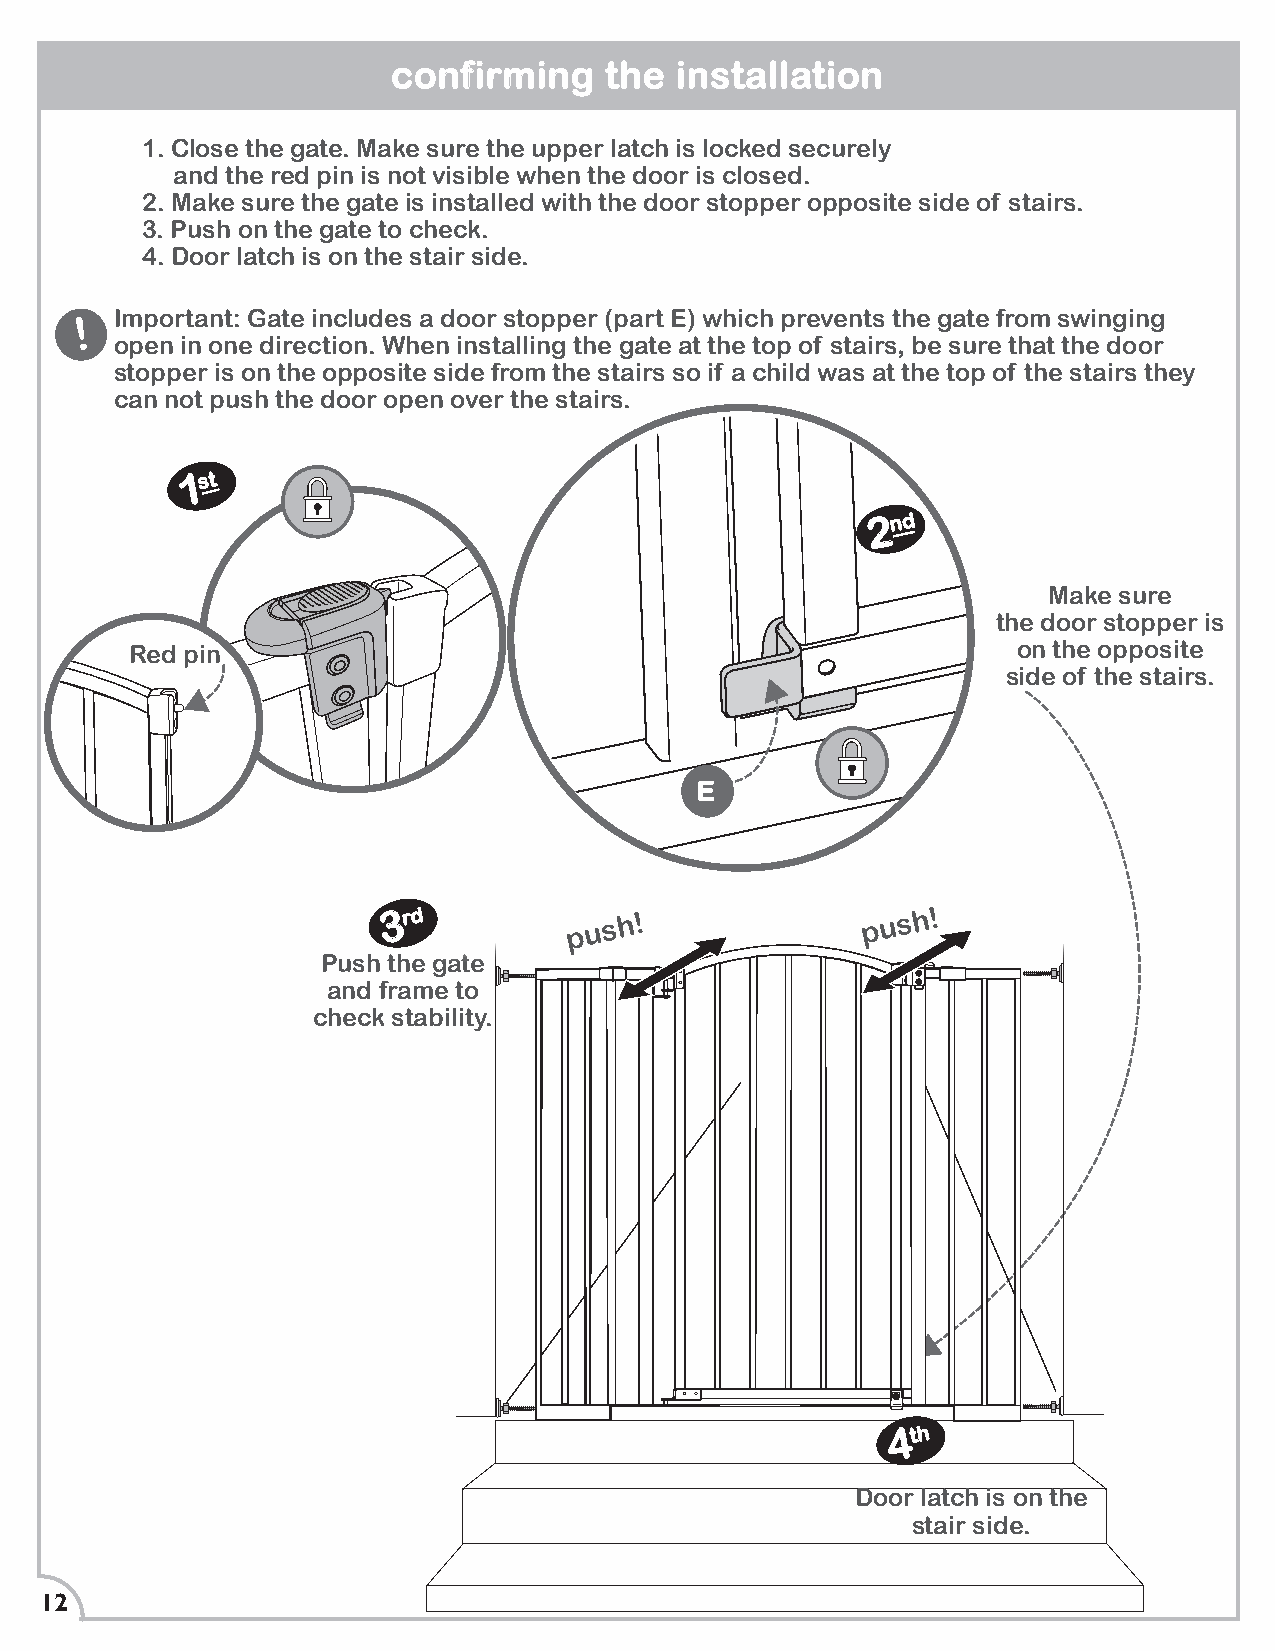
confirming    the  installation
 1. Close the gate. Make sure the upper latch is locked securely
 and the red pin is not visible when the door is closed.
 2. Make sure the gate is installed with the door stopper opposite side of stairs.
 3. Push on the gate to check.
 4. Door latch is on the stair side.
 !  Important: Gate includes a door stopper (part E) which prevents the gate from swinging
 open in one direction. When installing the gate at the top of stairs, be sure that the door
 stopper is on the opposite side from the stairs so if a child was at the top of the stairs they
 can not push the door open over the stairs.
 1st
 2nd
 Make sure
 the door stopper is
 Red pin                                                   on the opposite
 side of the stairs.
 E
 3rd          p u s h !          p u s h !
 Push the gate
 and frame to
 check stability.
 4th
 Door latch is on the
 stair side.
 12